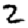
Digit: 2